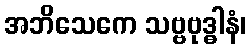
အဘိသေကေ သဗ္ဗဗုဒ္ဓါနံ၊